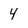
Character: 4